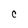
Character: C